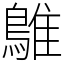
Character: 鵻